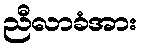
ညီလာခံအား